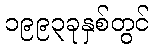
၁၉၉၃ခုနှစ်တွင်